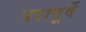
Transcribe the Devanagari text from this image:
परापूर्वे